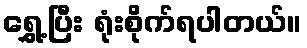
ရွှေ့ပြီး ရုံးစိုက်ရပါတယ်။